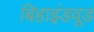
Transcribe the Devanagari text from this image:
बिहाइंडवूड